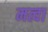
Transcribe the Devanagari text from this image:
मत्वा